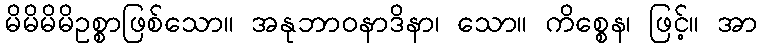
မိမိမိမိဥစ္စာဖြစ်သော။ အနုဘာဝနာဒိနာ၊ သော။ ကိစ္စေန၊ ဖြင့်။ အာ